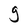
Character: g